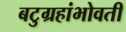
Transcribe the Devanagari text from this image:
बटुग्रहांभोवती